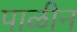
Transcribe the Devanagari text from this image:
पाळीन